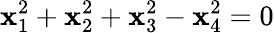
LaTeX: \mathbf{x}_{1}^{2}+\mathbf{x}_{2}^{2}+\mathbf{x}_{3}^{2}-\mathbf{x}_{4}^{2}=0